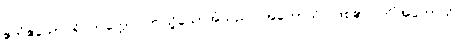
ဧတံဧသောပရိဝိတက္ကော၊ ဤသို့သောအံသည်။ အဟောသိ၊ ဖြစ်၏။ ကိံအဟောသိ၊